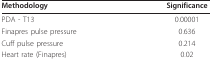
| Methodology | Significance |
 | --- | --- |
 | PDA - T13 | 0.00001 |
 | Finapres pulse pressure | 0.636 |
 | Cuff pulse pressure | 0.214 |
 | Heart rate (Finapres) | 0.02 |